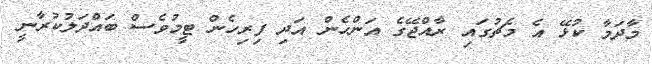
މާދަމާ ކުޅޭ އެ މެޗުގައި ރާއްޖޭގެ އަންހެން އަދި ފިރިހެން ޓީމުވެސް ބައްދަލުކުރާނީ